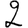
Digit: 2